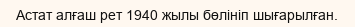
Астат алғаш рет 1940 жылы бөлініп шығарылған.